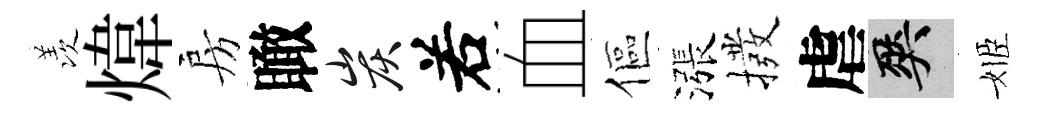
羡煒房瞰炭𠰥血傴漲撥虐爽姬